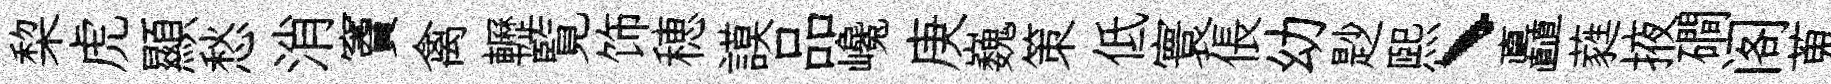
棃虎顯愁消竇禽轣覧饰穂謨品巉庚巍策低寰倀幼尟煕、矗蕤掖磵阁蒐